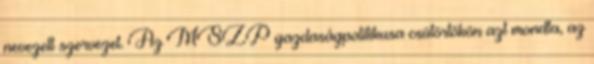
nevezett szervezet. Az MSZP gazdaságpolitikusa csütörtökön azt mondta, az